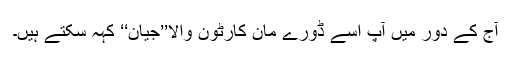
آج کے دور میں آپ اسے ڈورے مان کارٹون والا’’جیان‘‘ کہہ سکتے ہیں۔